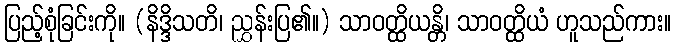
ပြည့်စုံခြင်းကို။ (နိဒ္ဒိသတိ၊ ညွှန်းပြ၏။) သာဝတ္ထိယန္တိ၊ သာဝတ္ထိယံ ဟူသည်ကား။